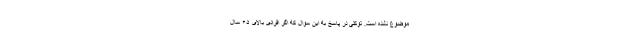
موضوع نشده است. توکلی در پاسخ به این سوال که اگر افرادی بالای ۶۵ سال